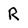
Character: R